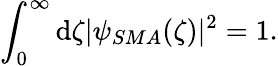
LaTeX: \int_{0}^{\infty}\mathrm{d}\zeta|\psi_{SMA}(\zeta)|^{2}=1.